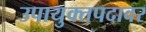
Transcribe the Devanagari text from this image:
उपायुक्तपदावर